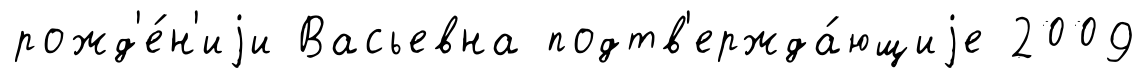
рожд'е́н'иjи Васьевна подтв'ержда́ющиjе 2009